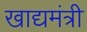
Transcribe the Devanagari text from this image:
खाद्यमंत्री